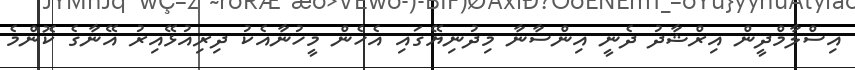
އިސްލާމްދީން އިރްޝާދު ދެނީ އިންސާނާ މިދުނިޔޭގައި އެހެން މީހުނާއެކު ދިރިއުޅޭއިރު އޭނާގެ ކޮންމެ